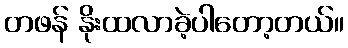
တဖန် နိုးထလာခဲ့ပါတော့တယ်။